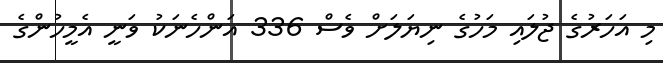
މި އަހަރުގެ ޖުލައި މަހުގެ ނިޔަލަށް ވެސް 336 އަންހެނަކު ވަނީ އެމީހުންގެ